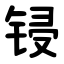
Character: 锓